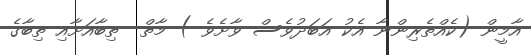
އާމީން (ކެއްތެރިންނާ އެކު އަބަދުވެސް ވާށެވެ ) މާތް  ތިބާއަށާއި ތިބާގެ